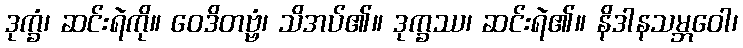
ဒုက္ခံ၊ ဆင်းရဲကို။ ဝေဒိတဗ္ဗံ၊ သိအပ်၏။ ဒုက္ခဿ၊ ဆင်းရဲ၏။ နိဒါနသမ္ဘဝေါ၊